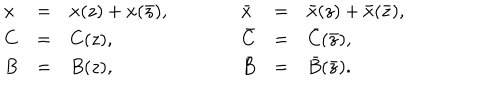
LaTeX: \begin{array} { l c l c l c l } { { x } } & { { = } } & { { x ( z ) + x ( \bar { z } ) , } } & { { \qquad } } & { { \bar { x } } } & { { = } } & { { \bar { x } ( z ) + \bar { x } ( \bar { z } ) , } } \\ { { C } } & { { = } } & { { C ( z ) , } } & { { \qquad } } & { { \bar { C } } } & { { = } } & { { \bar { C } ( \bar { z } ) , } } \\ { { B } } & { { = } } & { { B ( z ) , } } & { { \qquad } } & { { \bar { B } } } & { { = } } & { { \bar { B } ( \bar { z } ) . } } \\ \end{array}